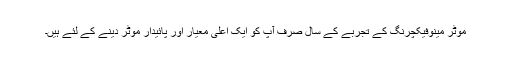
موٹر مینوفیکچرنگ کے تجربے کے سال صرف آپ کو ایک اعلی معیار اور پائیدار موٹر دینے کے لئے ہیں۔